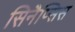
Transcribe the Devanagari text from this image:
सिनैप्सिस